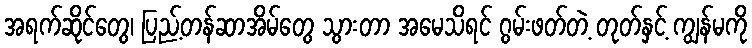
အရက်ဆိုင်တွေ၊ ပြည့်တန်ဆာအိမ်တွေ သွားတာ အမေသိရင် ဂွမ်းဖတ်တဲ့ တုတ်နှင့် ကျွန်မကို